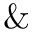
\&